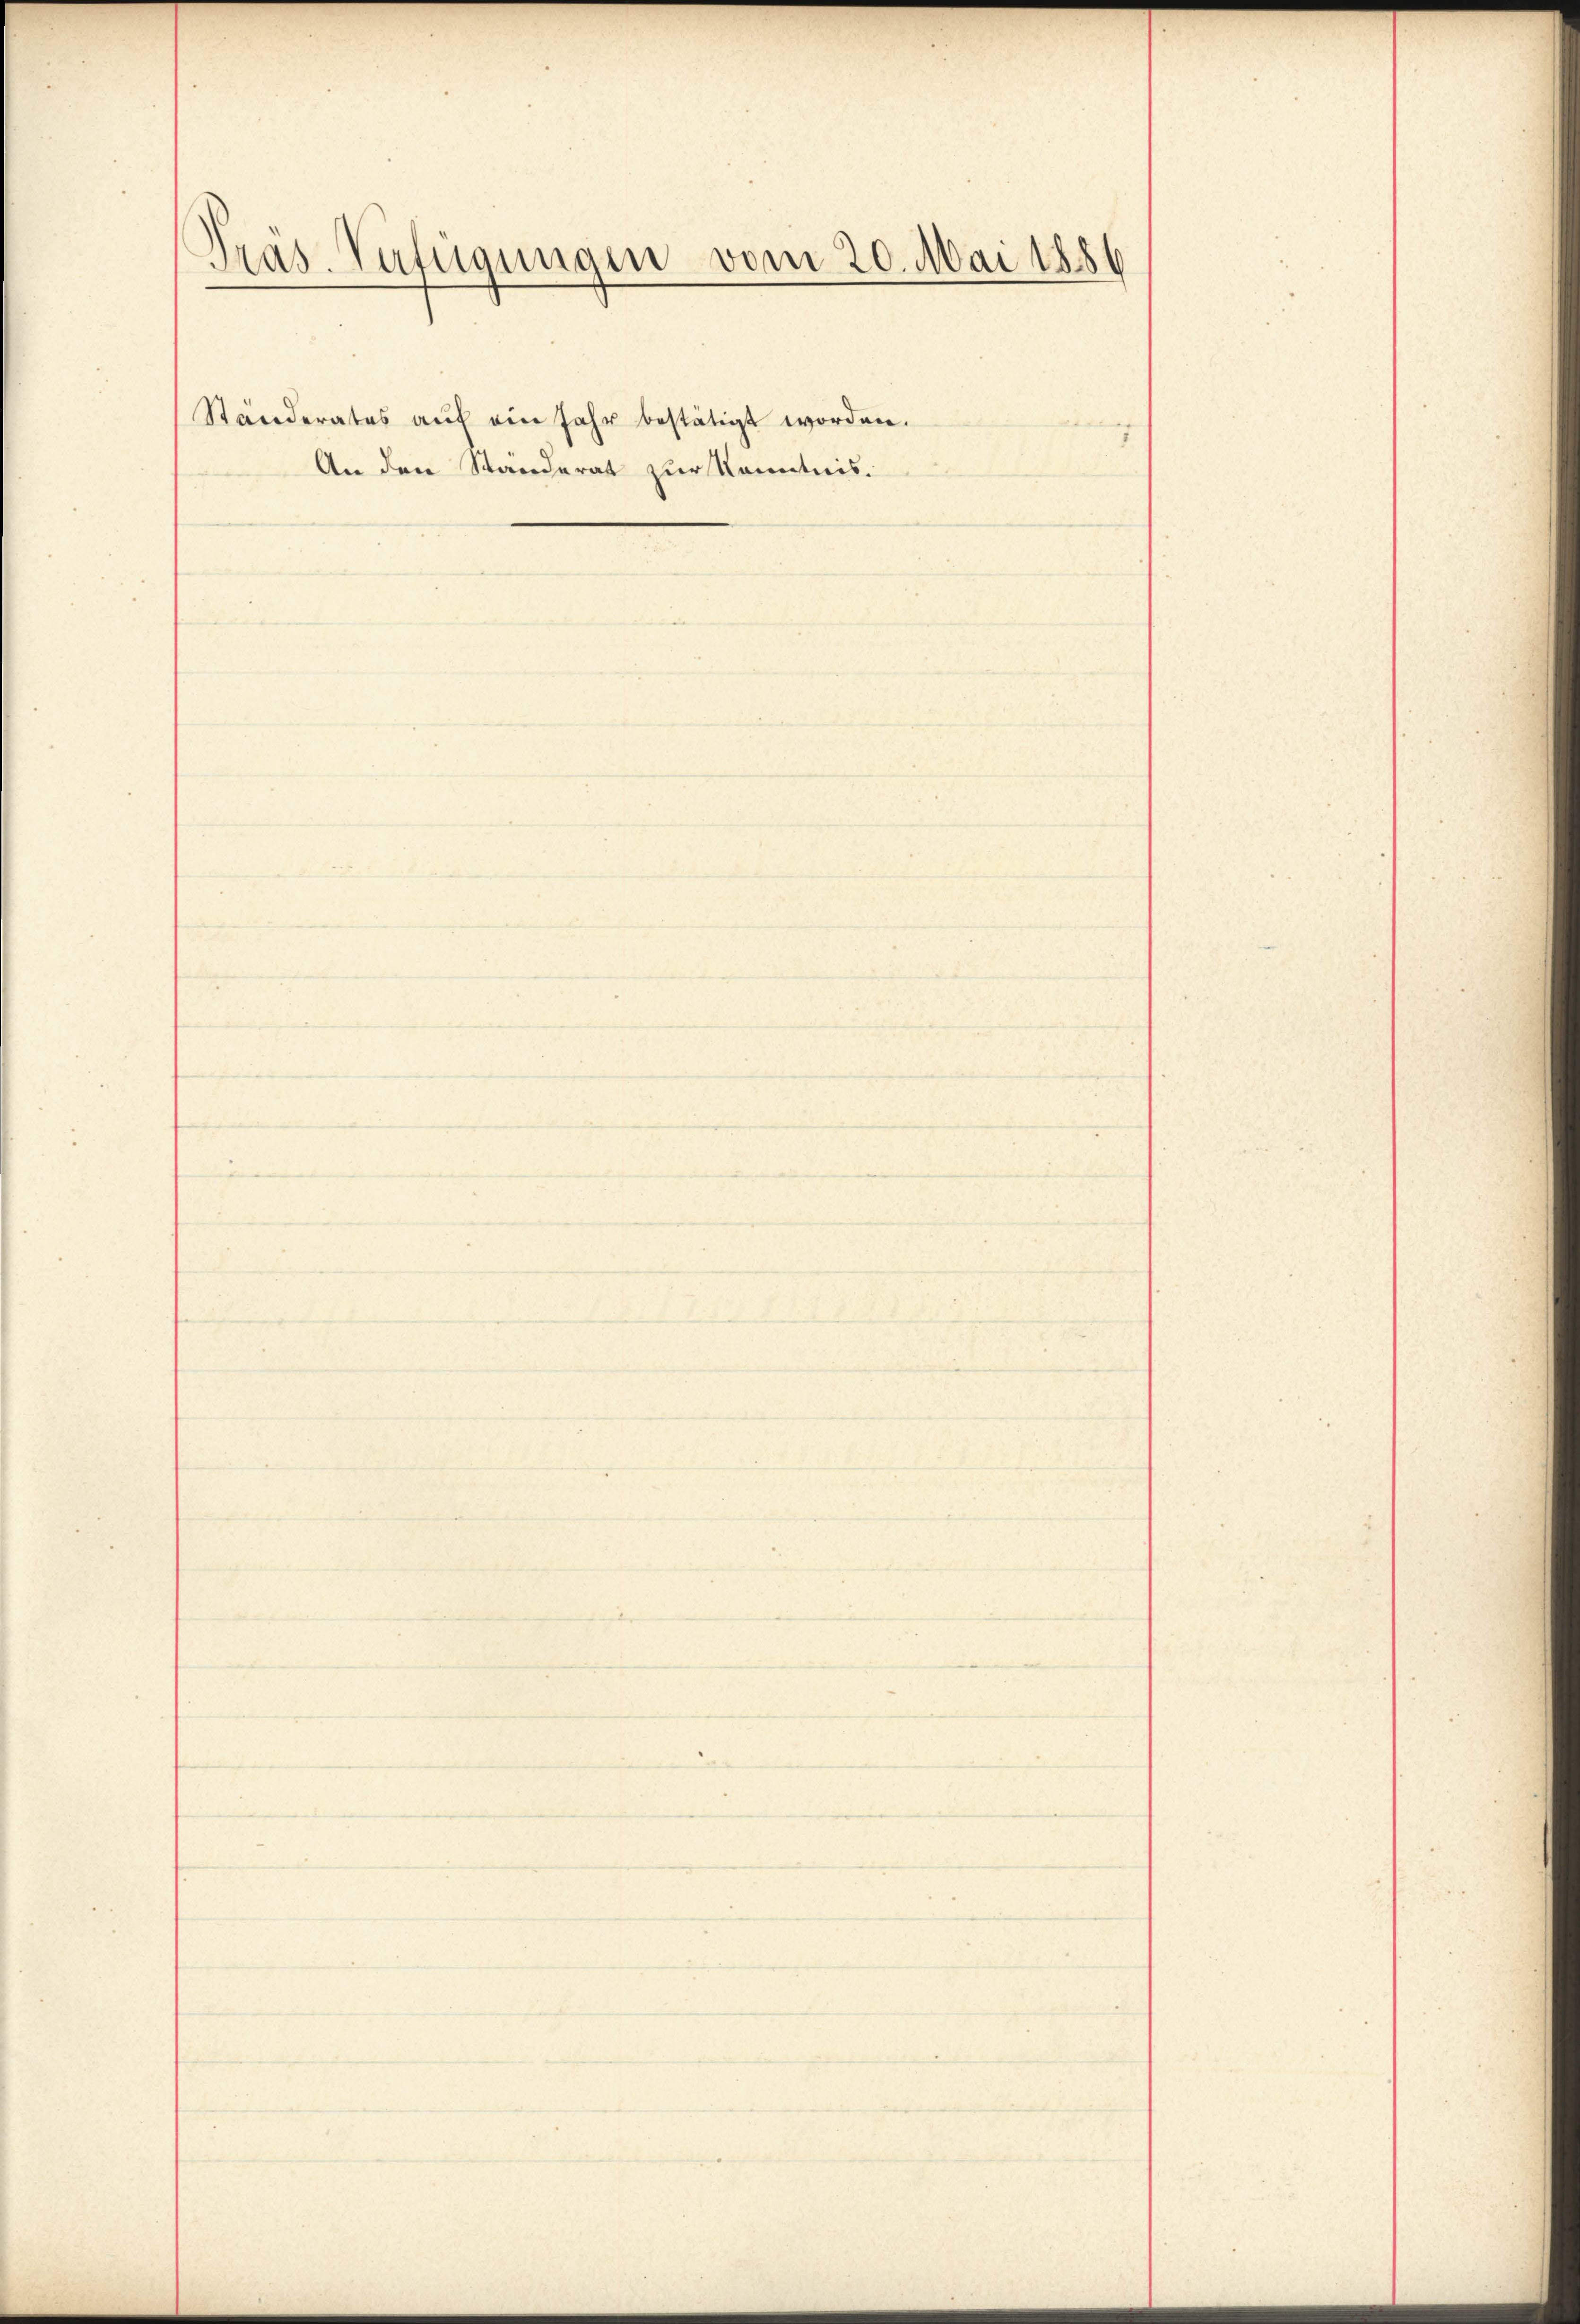
Präs. Verfügungen vom 20. Mai 1856

An den Ständerat zur Kenntnis.

Ständerates aŭf ein Jahr bestätigt worden.